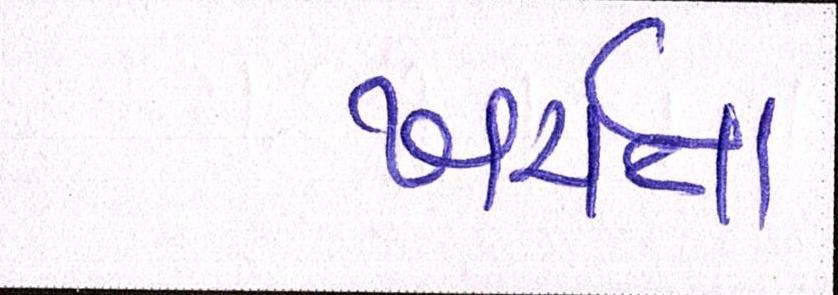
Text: ખર્ચતા